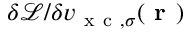
{ \delta \mathcal { L } } / { \delta v _ { \mathrm { ~ x ~ c ~ } , \sigma } ( \boldsymbol { \textbf { r } } ) }